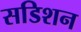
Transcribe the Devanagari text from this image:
सडिशन